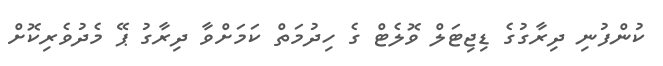
ކުންފުނި ދިރާގުގެ ޑިޖިޓަލް ވޮލެޓް ގެ ހިދުމަތް ކަމަށްވާ ދިރާގު ޕޭ މެދުވެރިކޮށް